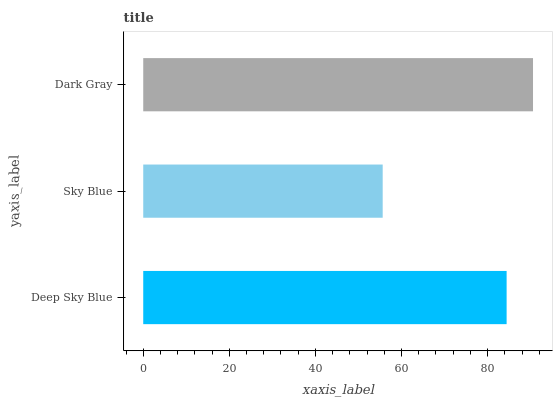
| yaxis_label | bars |
 | --- | --- |
 | Deep Sky Blue | 84.4 |
 | Sky Blue | 55.6 |
 | Dark Gray | 90.5 |